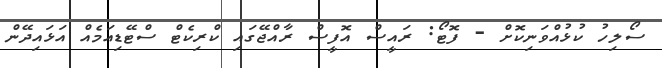
ސޯލިހު ކުޅުއްވަނިކޮށް - ފޮޓޯ: ރައީސް އޮފީސް ރާއްޖޭގައި ކްރިކެޓް ސްޓޭޑިއަމެއް އަޅައިދޭން